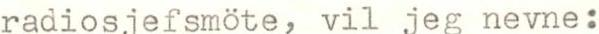
radiosjefsmöte, vil jeg nevne: